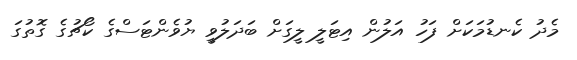
މެދު ކެނޑުމަކަށް ފަހު އަލުން އިޓަލީ ލީގަށް ބަދަލުވީ ޔުވެންޓަސްގެ ކޯޗުގެ ގޮތުގަ